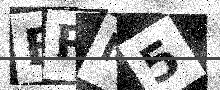
Text: BRN5